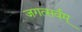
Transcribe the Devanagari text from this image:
जगत्सर्वम्